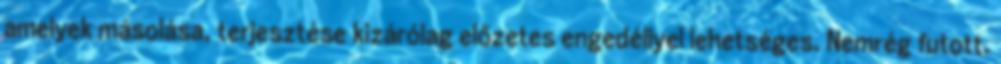
amelyek másolása, terjesztése kizárólag előzetes engedéllyel lehetséges. Nemrég futott.